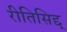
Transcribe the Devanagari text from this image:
रीतिसिद्द्